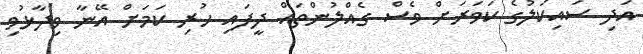
އަދި ސައިކަލުގެ ކަވަރަށް ވެސް ގެއްލުންތައް ދީފައި ހުރި ކަމަށް އޭނާ ވިދާޅުވި